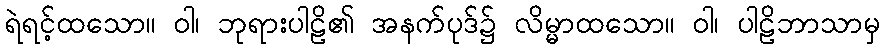
ရဲရင့်ထသော။ ဝါ၊ ဘုရားပါဠိ၏ အနက်ပုဒ်၌ လိမ္မာထသော။ ဝါ၊ ပါဠိဘာသာမှ